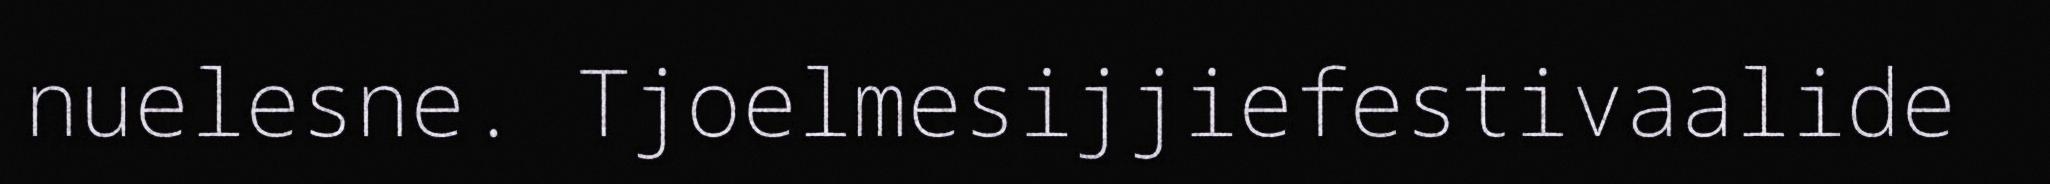
nuelesne. Tjoelmesijjiefestivaalide